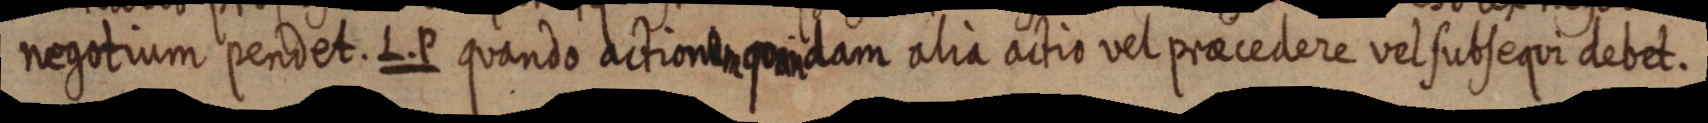
negotium pendet. L. P quando actionem quidam alia actio vel praecedere vel subsequi debet.